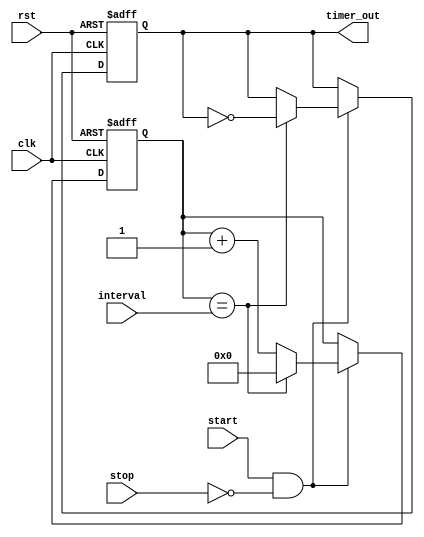
module interval_timer (
    input wire clk,
    input wire rst,
    input wire start,
    input wire stop,
    input wire [15:0] interval,
    output reg timer_out
);

reg [15:0] counter;

always @(posedge clk or posedge rst) begin
    if (rst) begin
        counter <= 0;
        timer_out <= 0;
    end
    else if (start && !stop) begin
        if (counter == interval) begin
            counter <= 0;
            timer_out <= ~timer_out;
        end
        else begin
            counter <= counter + 1;
        end
    end
end

endmodule